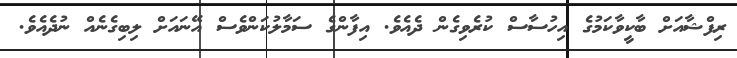
ރިފްޝާއަށް ބާކީވާކަމުގެ އިހުސާސް ކުރެވިގެން ދެއެވެ. އިފާންގެ ސަމާލުކަންވެސް އޭނައަށް ލިބިގެނެއް ނުދެއެވެ.